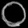
Digit: ၀